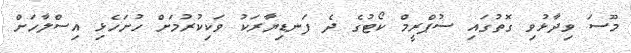
މޫސަ ވިދާޅުވި ގޮތުގައި ސުޕްރީމް ކޯޓުގެ ދެ ފަނޑިޔާރަކު ވަކިކުރުމަށް ހުށަހެޅި އިސްލާހަށް